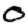
Digit: 0